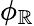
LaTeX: \phi_{\mathbb{R}}